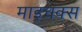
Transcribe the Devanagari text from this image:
माइचक्स